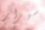
سيزار